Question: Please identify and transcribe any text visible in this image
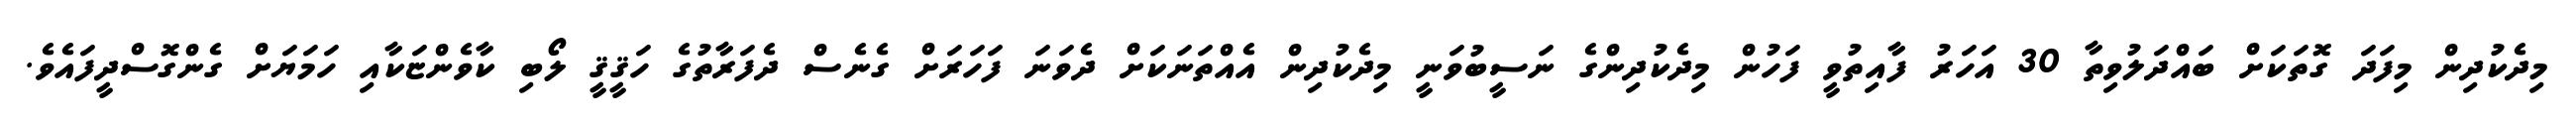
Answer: މިދެކުދިން މިފަދަ ގޮތަކަށް ބައްދަލުވިތާ 30 އަހަރު ފާއިތުވީ ފަހުން މިދެކުދިންގެ ނަސީބުވަނީ މިދެކުދިން އެއްތަނަކަށް ދެވަނަ ފަހަރަށް ގެނެސް ދެފަރާތުގެ ހަޤީޤީ ލޯބި ކާވެންޏަކާއި ހަމަޔަށް ގެންގޮސްދީފައެވެ.